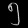
Digit: ၅